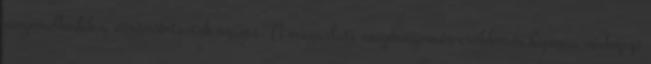
megemelkedik a vörösvértestek száma. A magaslati oxigénnyomás-csökkenés hipoxia vérképző